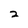
Character: 2